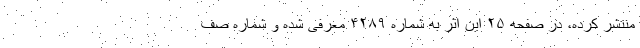
منتشر کرده، در صفحه ۲۵ این اثر به شماره ۴۲۸۹ معرفی شده و شماره صف